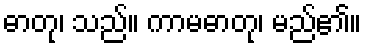
ဓာတု၊ သည်။ ကာမဓာတု၊ မည်၏။